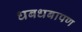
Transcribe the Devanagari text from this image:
धबधबापण